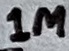
Text: 1M